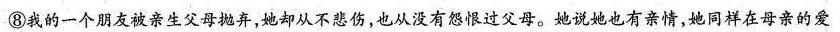
⑧我的一个朋友被亲生父母抛弃，她却从不悲伤，也从没有怨恨过父母。她说她也有亲情，她同样在母亲的爱